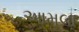
આમલા